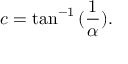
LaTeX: c = \tan ^ { - 1 } { ( \frac { 1 } { \alpha } ) } .